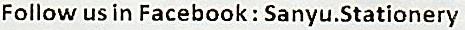
FOLLOW US IN FACEBOOK : SANYU.STATIONERY